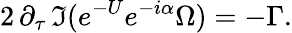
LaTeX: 2\, \partial_{\tau}\, \Im(e^{-U}e^{-i\alpha}\Omega)=-\Gamma.